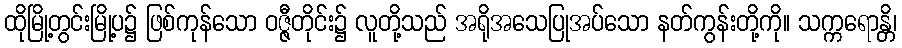
ထိုမြို့တွင်းမြို့ပ၌ ဖြစ်ကုန်သော ဝဇ္ဇီတိုင်း၌ လူတို့သည် အရိုအသေပြုအပ်သော နတ်ကွန်းတို့ကို။ သက္ကရောန္တိ၊